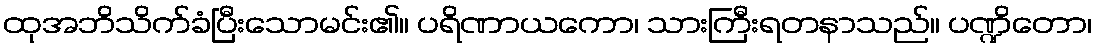
ထုအဘိသိက်ခံပြီးသောမင်း၏။ ပရိဏာယကော၊ သားကြီးရတနာသည်။ ပဏ္ဍိတော၊